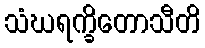
သံဃရက္ခိတောသီတိ